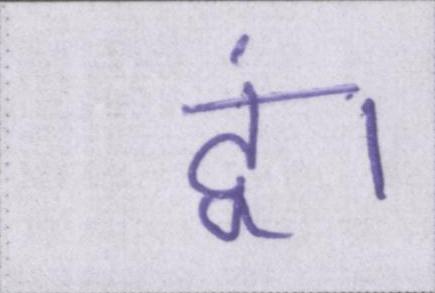
दूं।